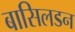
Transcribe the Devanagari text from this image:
बासिलडन